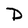
Character: D